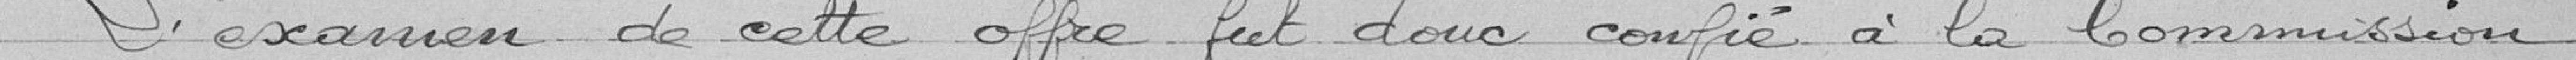
"L'examen de cette offre fut donc confié à la Commission